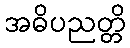
အဓိပညတ္တိ